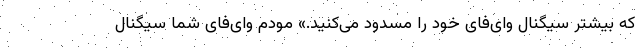
که بیشتر سیگنال وای‌فای خود را مسدود می‌کنید.» مودم وای‌فای شما سیگنال